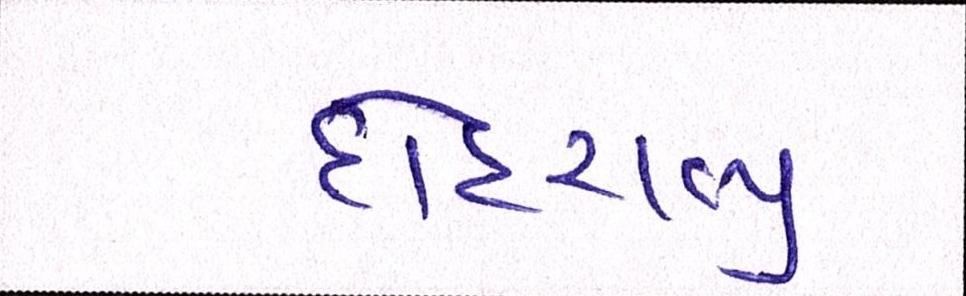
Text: દોહરાવ્યું